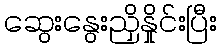
ဆွေးနွေးညှိနှိုင်းပြီး